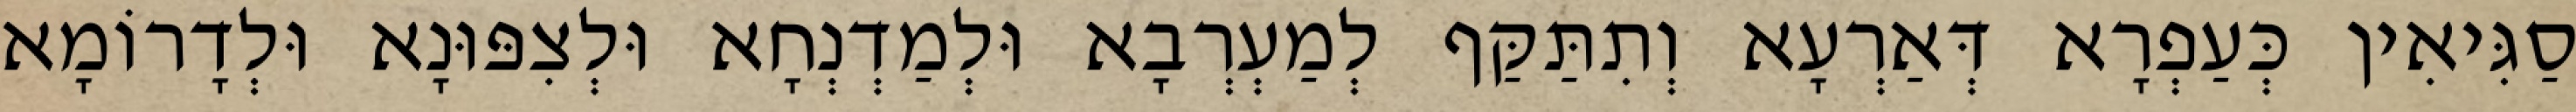
סַגִּיאִין כְּעַפְרָא דְּאַרְעָא וְתִתַּקַּף לְמַעְרְבָא וּלְמַדְנְחָא וּלְצִפּוּנָא וּלְדָרוֹמָא